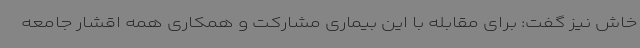
خاش نیز گفت: برای مقابله با این بیماری مشارکت و همکاری همه اقشار جامعه